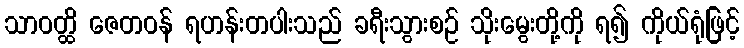
သာဝတ္ထိ ဇေတဝန် ရဟန်းတပါးသည် ခရီးသွားစဉ် သိုးမွေးတို့ကို ရ၍ ကိုယ်ရုံဖြင့်